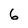
Character: 6